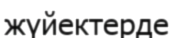
жүйектерде